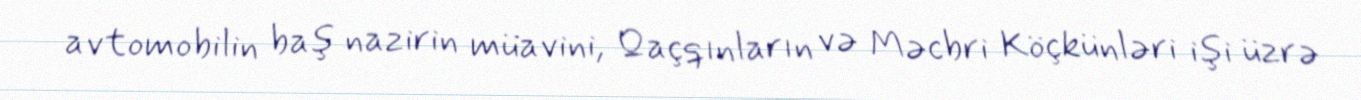
avtomobilin baş nazirin müavini, Qaçqınların və Məcbri Köçkünləri işi üzrə